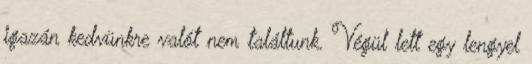
igazán kedvünkre valót nem találtunk. Végül lett egy lengyel